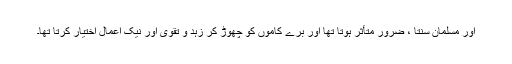
اور مسلمان سنتا ، ضرور متأثر ہوتا تھا اور برے کاموں کو چھوڑ کر زہد و تقویٰ اور نیک اعمال اختیار کرتا تھا۔